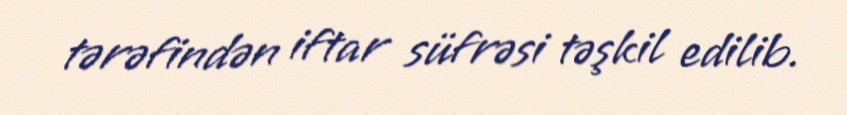
tərəfindən iftar süfrəsi təşkil edilib.